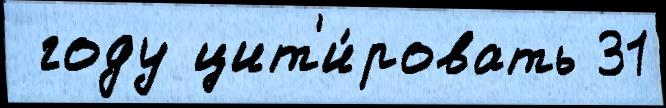
 году цит'и́ровать 31